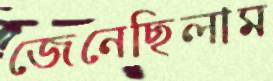
জেনেছিলাম